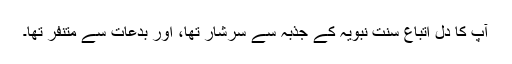
آپ کا دل اتباعِ سنتِ نبویہ کے جذبہ سے سرشار تھا، اور بدعات سے متنفر تھا۔